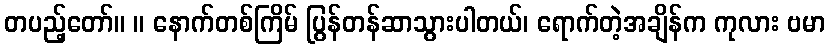
တပည့်တော်။ ။ နောက်တစ်ကြိမ် ပြွန်တန်ဆာသွားပါတယ်၊ ရောက်တဲ့အချိန်က ကုလား ဗမာ